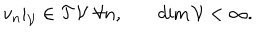
\begin{matrix} { { v _ { n } | _ { \cal V } \in { \cal T } { \cal V } \, \, \forall n , } } & { { \quad \mathrm { d i m } \, { \cal V } < \infty . } } \\ \end{matrix}